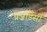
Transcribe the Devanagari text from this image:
प्रेज़ीडेंसी